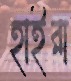
হাইরা